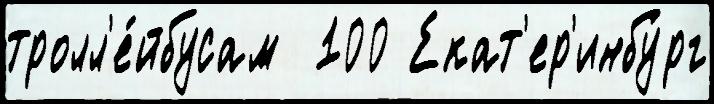
тролл'е́йбусам  100 Екат'ер'инбу́рг